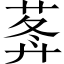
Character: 𦵝